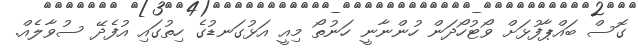
ގޮސް ބައްޕާފުޅަށް ވޯޓުހޯދަން ހުންނާނީ ހަނުތޯ މިއީ އަޅުގަނޑުގެ ހިތުގައި އުފެދޭ ސުވާލެއް.